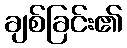
ချစ်ခြင်း၏